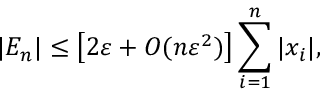
| E _ { n } | \leq { \big [ } 2 \varepsilon + O ( n \varepsilon ^ { 2 } ) { \big ] } \sum _ { i = 1 } ^ { n } | x _ { i } | ,